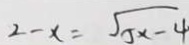
2 - x = \sqrt { 5 x - 4 }